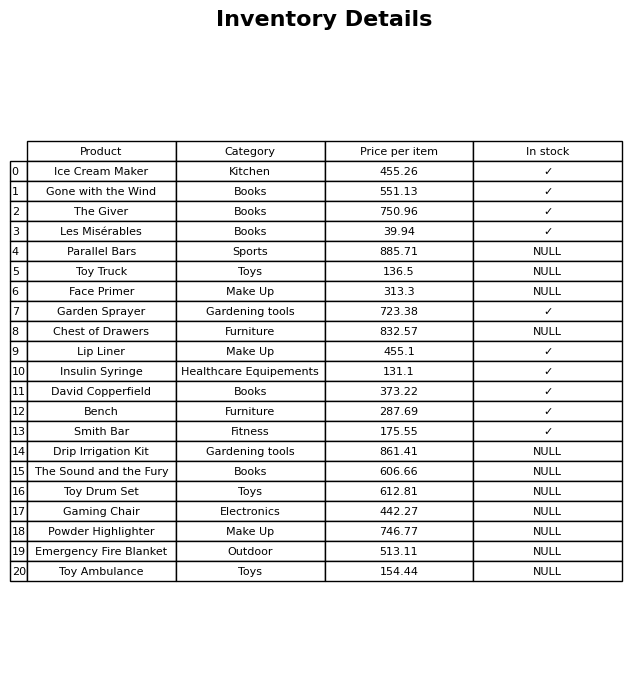
question: What is the price for Toy Truck?
answer: The price of Toy Truck is 136.5.